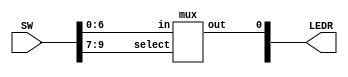
module mux7to1(LEDR,SW);

	input[9:0] SW;
	output[1:0] LEDR;
	mux u0(
	       .in(SW[6:0]),
		    .out(LEDR[0]),
			 .select(SW[9:7])
			);
		
endmodule

module mux(in,out,select);
	input[6:0] in;
	input[2:0] select;
	output out;
	
	reg out;
	
	always @(*)
	begin
		case(select)
			3'b000: out = in[0];
			3'b001: out = in[1];
			3'b010: out = in[2];
			3'b011: out = in[3];
			3'b100: out = in[4];
			3'b101: out = in[5];
			3'b110: out = in[6];
			default:out=1'b0;
		endcase
	end
endmodule